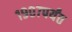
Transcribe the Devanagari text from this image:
१९०७पर्यंत